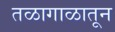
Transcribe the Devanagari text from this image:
तळागाळातून